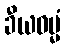
ခီယဓမ္မံ